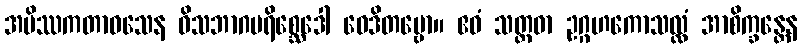
အမိဿကတာဝသေန ဝိသဘာဂပရိစ္ဆေဒေါ ဝေဒိတဗ္ဗော။ ဧဝံ သတ္တဓာ ဥဂ္ဂဟကောသလ္လံ အာစိက္ခန္တေန